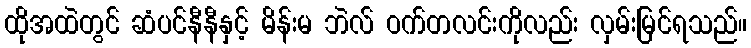
ထိုအထဲတွင် ဆံပင်နီနီနှင့် မိန်းမ ဘဲလ် ဝက်တလင်းကိုလည်း လှမ်းမြင်ရသည်။